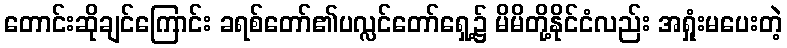
တောင်းဆိုချင်ကြောင်း ခရစ်တော်၏ပလ္လင်တော်ရှေ့၌ မိမိတို့နိုင်ငံလည်း အရှုံးမပေးတဲ့